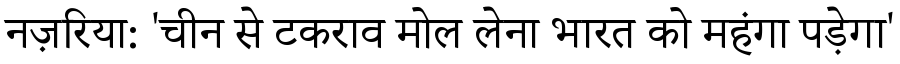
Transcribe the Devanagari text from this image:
नज़रिया: 'चीन से टकराव मोल लेना भारत को महंगा पड़ेगा'